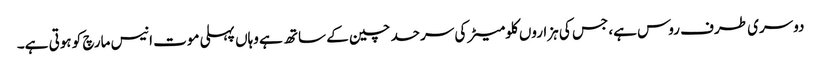
دوسری طرف روس ہے، جس کی ہزاروں کلومیٹر کی سرحد چین کے ساتھ ہے وہاں پہلی موت انیس مارچ کو ہوتی ہے۔